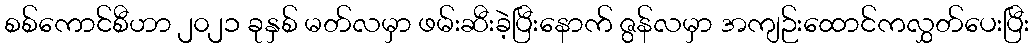
စစ်ကောင်စီဟာ ၂၀၂၁ ခုနှစ် မတ်လမှာ ဖမ်းဆီးခဲ့ပြီးနောက် ဇွန်လမှာ အကျဉ်းထောင်ကလွှတ်ပေးပြီး